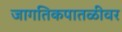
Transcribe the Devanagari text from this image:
जागतिकपातळीवर